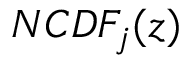
N C D F _ { j } ( z )